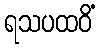
ရသပထဝိံ